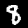
Label: 8